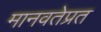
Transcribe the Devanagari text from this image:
मानवतेप्रत